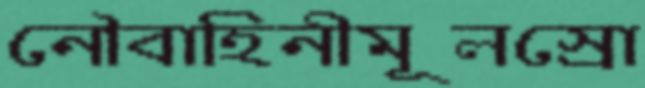
নৌবাহিনীমূলস্রো